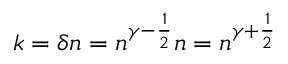
k = \delta n = n ^ { \gamma - { \frac { 1 } { 2 } } } n = n ^ { \gamma + { \frac { 1 } { 2 } } }